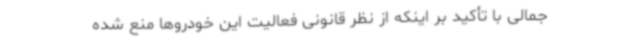
جمالی با تأکید بر اینکه از نظر قانونی فعالیت این خودروها منع شده‌